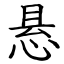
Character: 悬